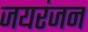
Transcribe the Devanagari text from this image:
जयरंजन